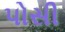
પોસી